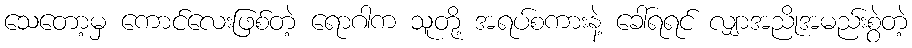
သေတော့မှ ကောင်လေးဖြစ်တဲ့ ရောဂါက သူတို့ အရပ်စကားနဲ့ ခေါ်ရရင် လျှာအညိုအမည်းစွဲတဲ့